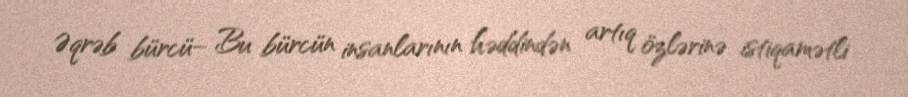
Əqrəb bürcü– Bu bürcün insanlarının həddindən artıq özlərinə istiqamətli